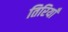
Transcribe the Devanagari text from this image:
तिरियाँ